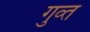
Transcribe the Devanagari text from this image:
गुव्त